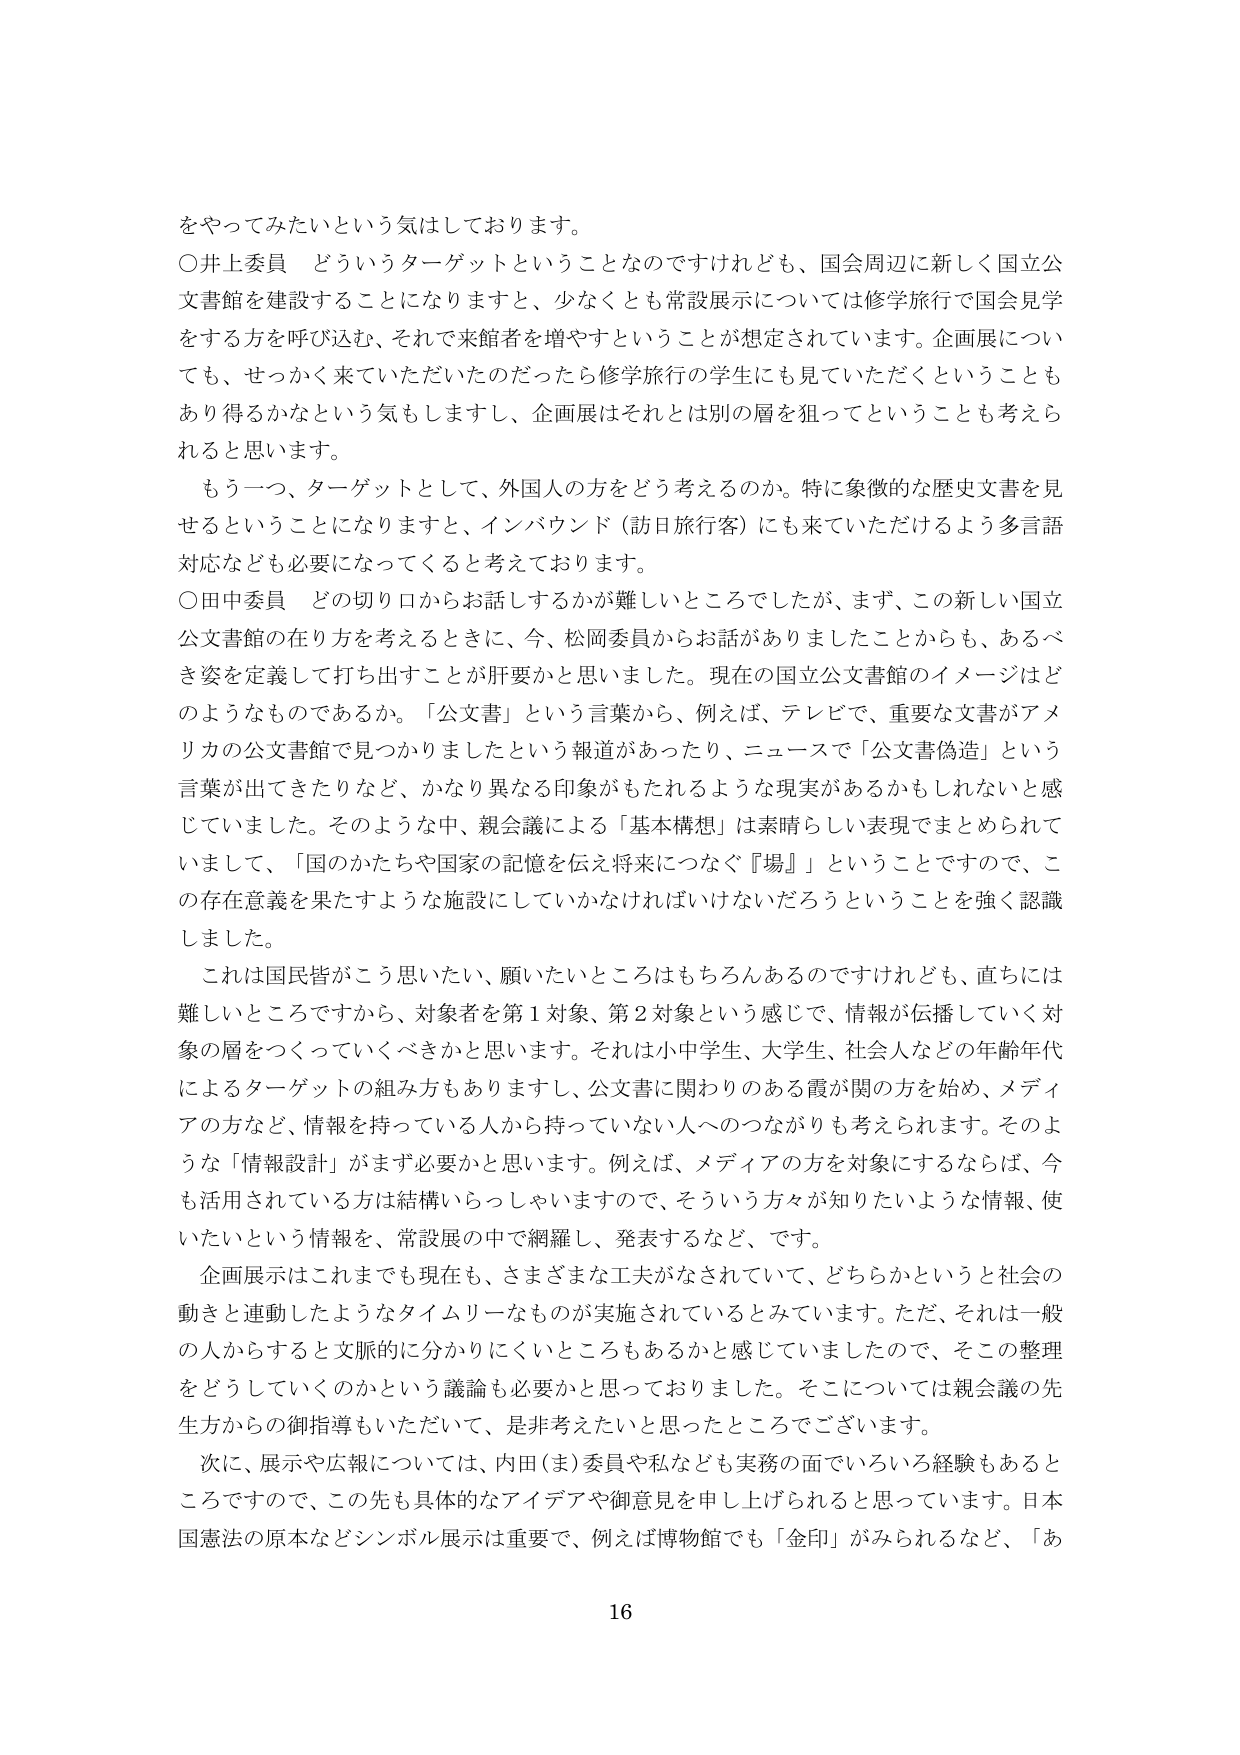
をやってみたいという気はしております。

○井上委員　どういうターゲットということなのですがけれども、国会周辺に新しく国立公文書館を建設することになりますと、少なくとも常設展示については修学旅行で国会見学をする方を呼び込む、それで来館者を増やすということが想定されています。企画展についても、せっかく来ていただいたのだったら修学旅行の学生にも見ていただくということもあり得るかなという気もしますし、企画展はそれとは別の層を狙ってということも考えられると思います。

　もう一つ、ターゲットとして、外国人の方をどう考えるのか。特に象徴的な歴史文書を見せるということになりますと、インバウンド（訪日旅行客）にも来ていただけるよう多言語対応なども必要になってくると考えております。

○田中委員　どの切り口からお話するかが難しいところでしたが、まず、この新しい国立公文書館の在り方を考えるときに、今、松岡委員からお話がありましたことからも、あるべき姿を定義して打ち出すことが肝要かと思いました。現在の国立公文書館のイメージはどのようなものであるか。「公文書」という言葉から、例えば、テレビで、重要な文書がアメリカの公文書館で見つかりましたという報道があったり、ニュースで「公文書偽造」という言葉が出てきたりなど、かなり異なる印象がもたれるような現実があるかもしれないと感じていました。そのような中、親会議による「基本構想」は素晴らしい表現でまとめられていまして、「国のかけがえのない記憶を伝え将来につなぐ『場』」ということですので、この存在意義を果たすような施設にしていかなければならないだろうということを強く認識しました。

　これは国民皆がこう思いたい、願いたいところはもちろんなのですけれども、直ちには難しいところですから、対象者を第1対象、第2対象という感じで、情報が伝播していく対象の層をつくっていくべきかと思います。それは小中学生、大学生、社会人などの年齢年代によるターゲットの組み方もあリますし、公文書に関わりのある霞が関の方を始め、メディアの方など、情報を持っている人から持っていない人へのつながりも考えられます。そのような「情報設計」がまず必要かと思います。例えば、メディアの方を対象にするならば、今も活用されている方は結構いらっしゃいますので、そういう方々が知りたいような情報、使いたいという情報を、常設展の中で網羅し、発表するなど、です。

　企画展示はこれまでも現在も、さまざまな工夫がなされていて、どちらかというと社会の動きと連動したようなタイムリーなもののが実施されているとみています。ただ、それは一般の人からすると文脈的に分かりにくいところもあるかと感じていましたので、そこの整理をどうしていくのかという議論も必要かと思っておりました。そこについては親会議の先生方からの御指導もいただいて、是非考えたいと思ったところでございます。

　次に、展示や広報については、内田（ま）委員や私なども実務の面でいろいろ経験もあるところでですので、この先も具体的なアイデアや御意見を申し上げられると思っております。日本国憲法の原本などシンボル展示は重要で、例えば博物館でも「金印」がみられるなど、「あ

16